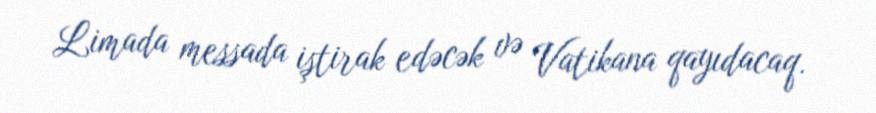
Limada messada iştirak edəcək və Vatikana qayıdacaq.